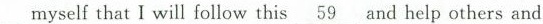
myself that I will follow this \underline{59}and help others and